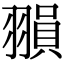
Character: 𦑰